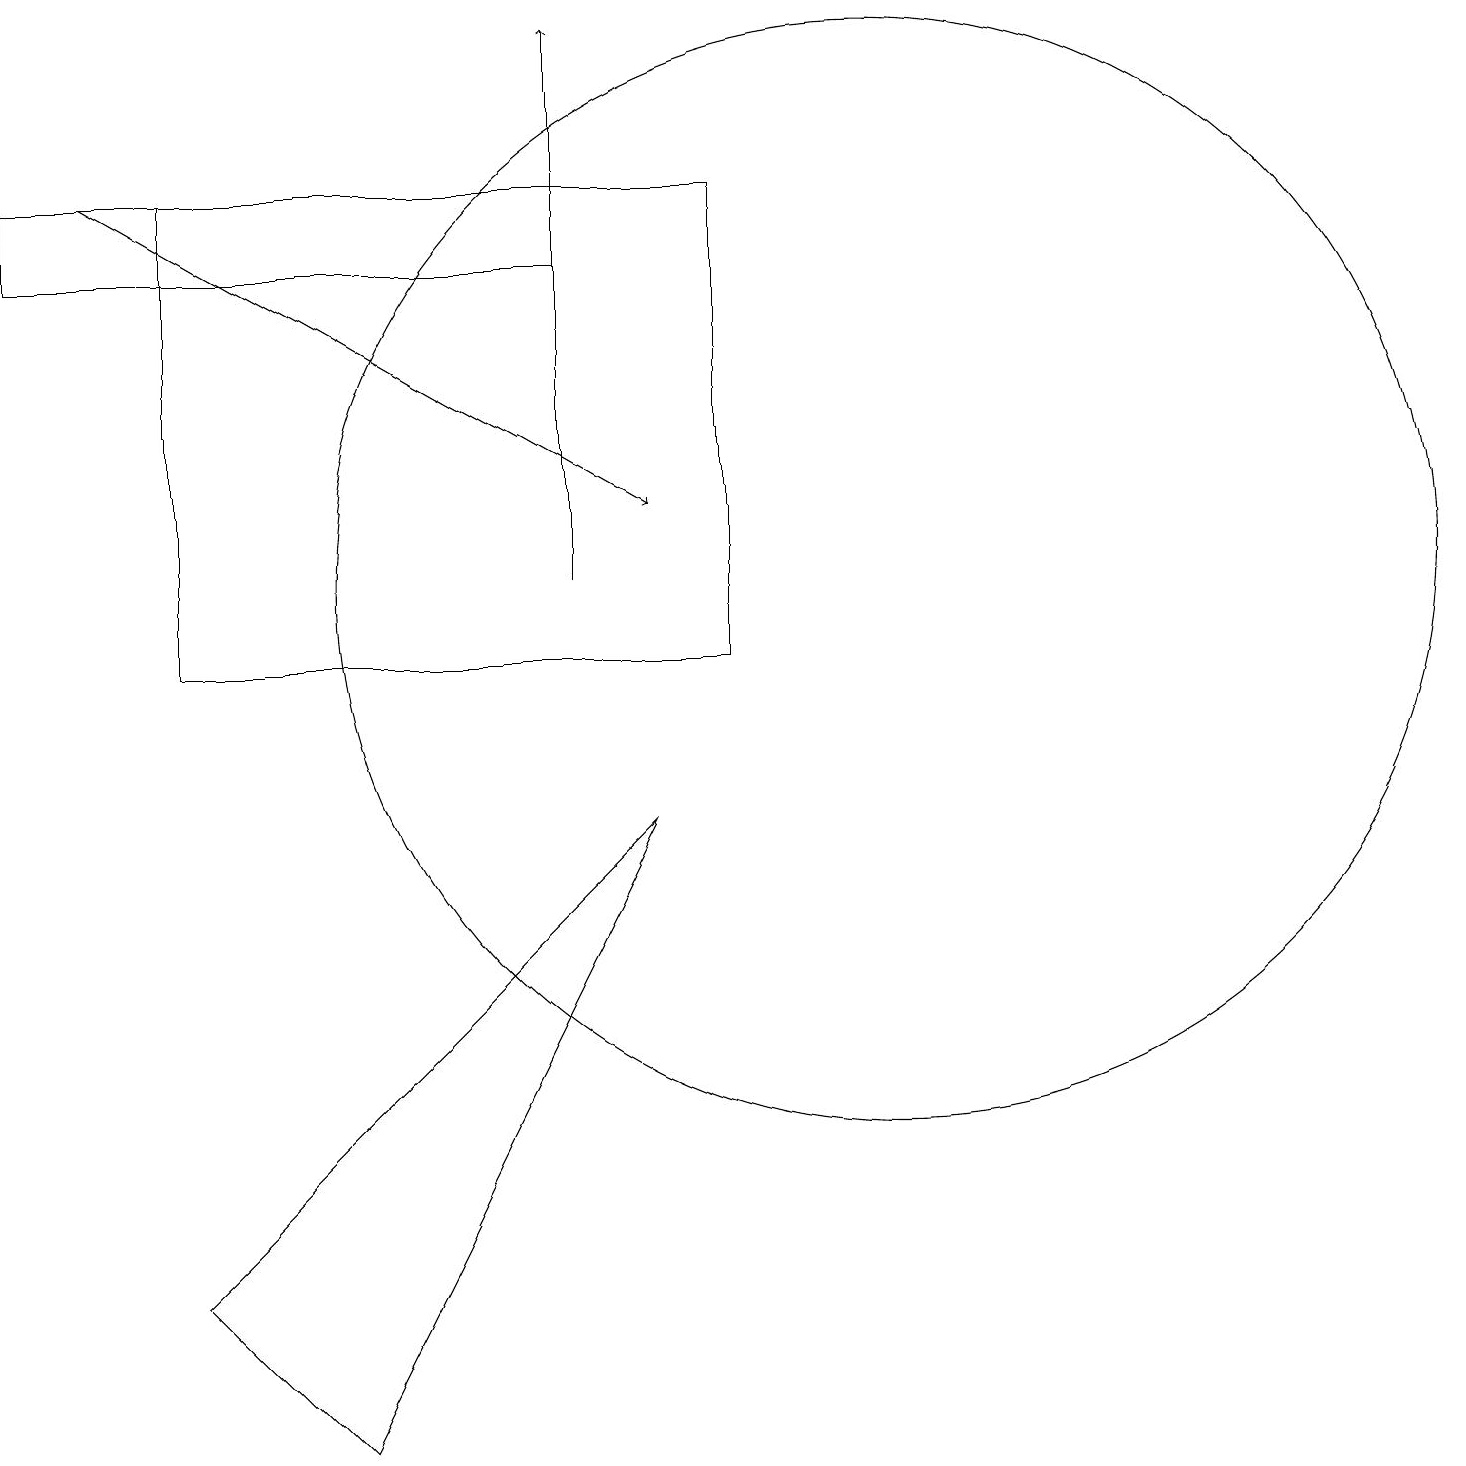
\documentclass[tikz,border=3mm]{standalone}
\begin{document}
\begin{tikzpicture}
\draw (2,3) -- (8,9) -- (4,1) -- cycle;
\draw[->] (1,17) -- (8,13);
\draw[->] (7,12) -- (7,19);
\draw (7,16) rectangle (0,17);
\draw (11,12) circle (7);
\draw (9,11) rectangle (2,17);
\draw (9,11) rectangle (8,11);
\draw (11,10) circle (0);
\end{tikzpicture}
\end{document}